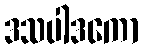
ဒသပါဒကော